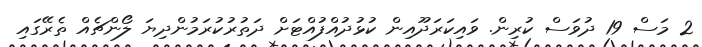
2 މަސް 19 ދުވަސް ކުރިން. ވައިކަރަދޫއިން ކުޅުދުއްފުއްޓަށް ދަތުރުކުރަމުންދިޔަ ލޯންޗެއް ތެރޭގައި